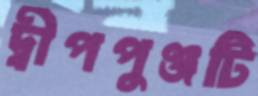
দ্বীপপুঞ্জটি